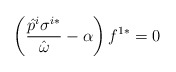
\begin{align*}\left(\frac{\hat{p}^i \sigma^{i*}}{\hat{\omega}}-\alpha\right)f^{1*}=0\end{align*}